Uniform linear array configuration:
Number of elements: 64
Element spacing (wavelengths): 0.5
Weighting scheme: hamming
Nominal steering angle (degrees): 45
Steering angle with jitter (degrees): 45.944
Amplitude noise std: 0.05
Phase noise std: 0.05

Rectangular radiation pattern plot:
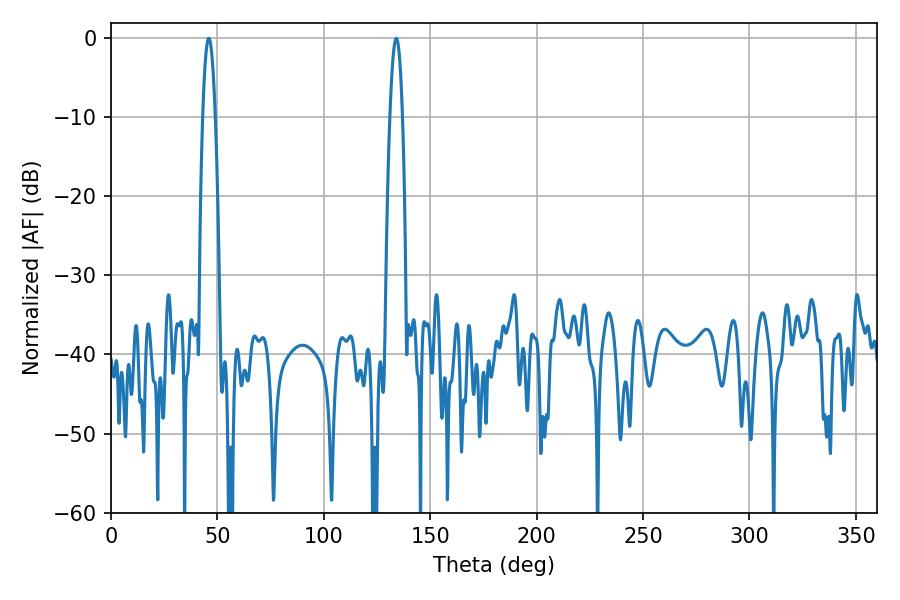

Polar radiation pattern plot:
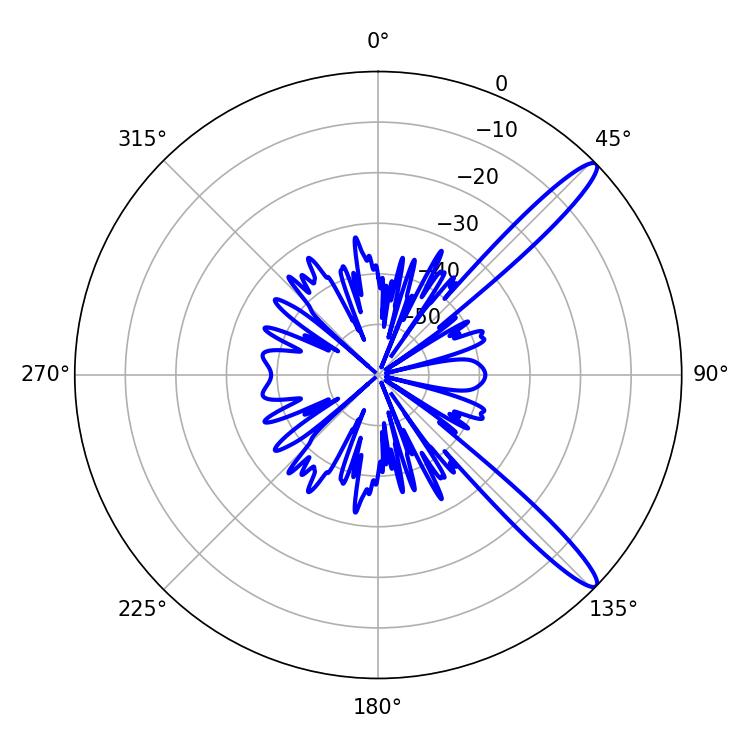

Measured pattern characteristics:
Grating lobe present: FALSE
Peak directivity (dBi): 13.534
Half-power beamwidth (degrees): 3.24
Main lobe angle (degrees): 45.9